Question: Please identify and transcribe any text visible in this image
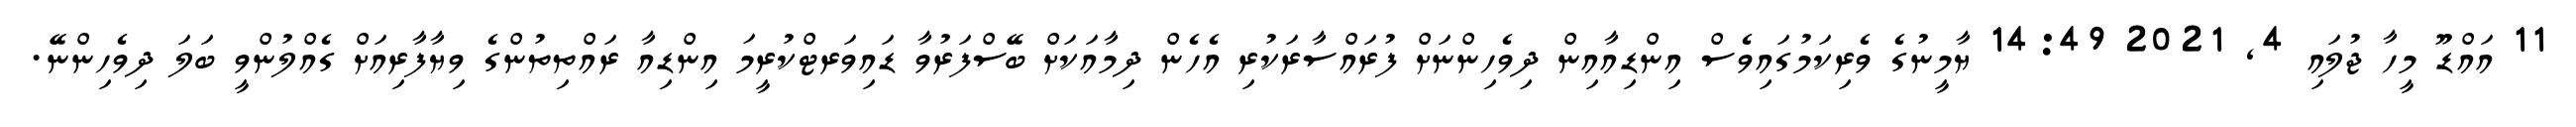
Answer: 11 އައްޑޫ މީހާ ޖުލައި 4, 2021 14:49 ޔާމީނުގެ ވެރިކަމުގައިވެސް އިންޑިއާއިން ދިވެހިންނަށް ފުރައްސާރަކުރި އެހެން ދިމާއަކަށް ބޭސްފަރުވާ ޑައިވަރޓްކުރީމަ އިންޑިއާ ރައްތިތުންގެ ވިޔާފާރިއަށް ގެއްލުންވީ ބަލަ ދިވެހިންނޭ.